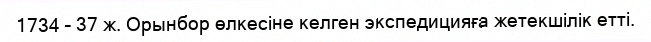
1734 – 37 ж. Орынбор өлкесіне келген экспедицияға жетекшілік етті.